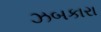
ઝબકારા